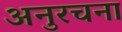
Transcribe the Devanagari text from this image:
अनुरचना